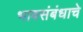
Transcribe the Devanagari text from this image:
भावसंबंधाचे